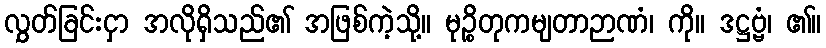
လွှတ်ခြင်းငှာ အလိုရှိသည်၏ အဖြစ်ကဲ့သို့။ မုဉ္စိတုကမျတာဉာဏံ၊ ကို။ ဒဋ္ဌဗ္ဗံ၊ ၏။